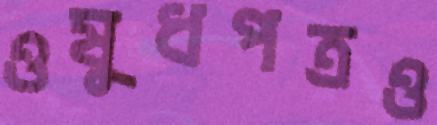
ওষুধপত্রও